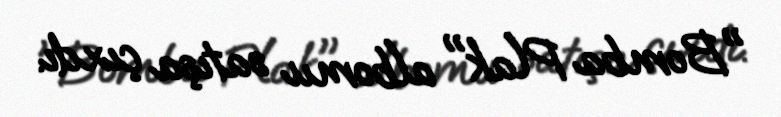
"Bomba Plak" albomu satışa çıxdı.